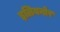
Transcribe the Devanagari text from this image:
इलियनोर